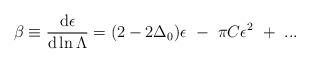
LaTeX: \begin{align*}\beta\equiv{\mbox{d}\epsilon\over\mbox{d} \ln \Lambda}=(2-2\Delta_0)\epsilon~-~\pi C\epsilon^2~+~...\end{align*}